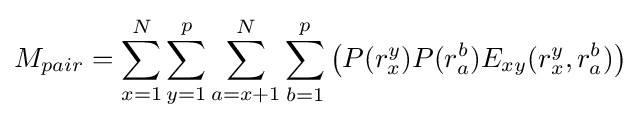
M_{pair}=\sum _{x=1}^{N}\sum _{y=1}^{p}\sum _{a=x+1}^{N}\sum _{b=1}^{p}\left(P(r_{x}^{y})P(r_{a}^{b})E_{xy}(r_{x}^{y},r_{a}^{b})\right)